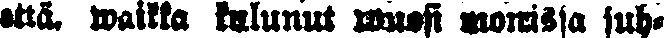
että, waikka kulunut wuosi monisssa suh-